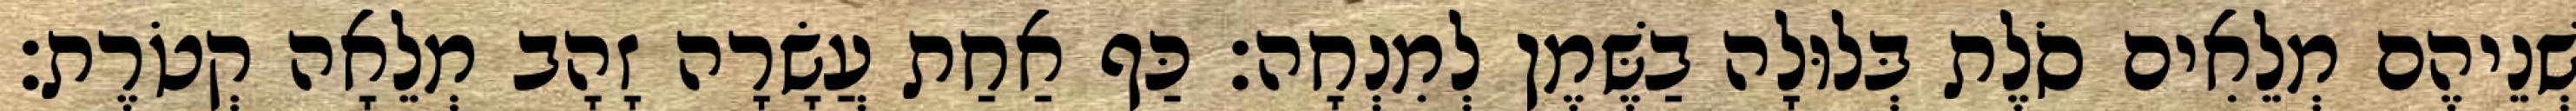
שְׁנֵיהֶם מְלֵאִים סֹלֶת בְּלוּלָה בַשֶּׁמֶן לְמִנְחָה׃ כַּף אַחַת עֲשָׂרָה זָהָב מְלֵאָה קְטֹרֶת׃